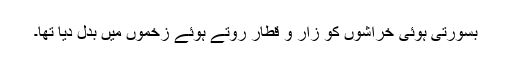
بسورتی ہوئی خراشوں کو زار و قطار روتے ہوئے زخموں میں بدل دیا تھا۔